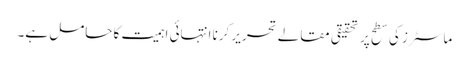
ماسٹرز کی سطح پر تحقیقی مقالے تحریر کرنا انتہائی اہمیت کا حامل ہے۔